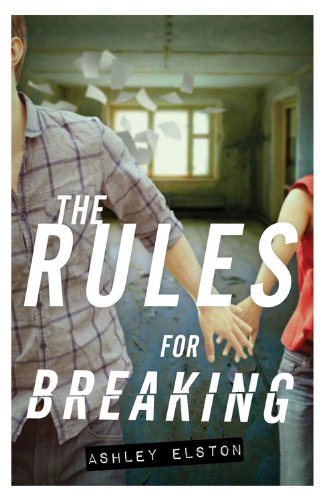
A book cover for The Rules for Breaking; Ashley Elston; Teen & Young Adult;